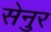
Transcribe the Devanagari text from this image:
सेनुर